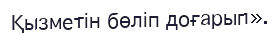
Қызметін бөліп доғарып».